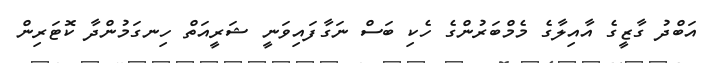
އަބްދު ގާޒީގެ އާއިލާގެ މެމްބަރުންގެ ހެކި ބަސް ނަގާފައިވަނީ ޝަރީއަތް ހިނގަމުންދާ ކޮޓަރިން